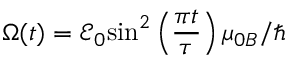
\Omega ( t ) = \mathcal { E } _ { 0 } { { \sin } ^ { 2 } } \left( \frac { \pi t } { \tau } \right) \mu _ { 0 B } / \hbar